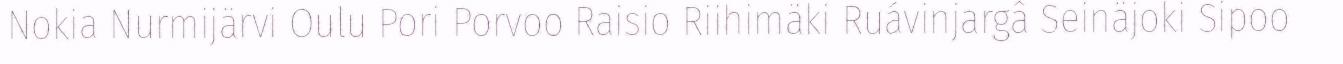
Nokia Nurmijärvi Oulu Pori Porvoo Raisio Riihimäki Ruávinjargâ Seinäjoki Sipoo